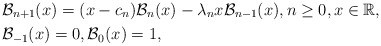
\begin{align*}&\mathcal{B}_{n+1}(x) = (x-c_n)\mathcal{B}_n(x)-\lambda_n x\mathcal{B}_{n-1}(x), n\geq 0, x \in \mathbb{R}, \\& \mathcal{B}_{-1}(x) = 0, \mathcal{B}_0(x) = 1,\end{align*}